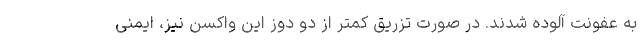
به عفونت آلوده شدند. در صورت تزریق کمتر از دو دوز این واکسن نیز، ایمنی